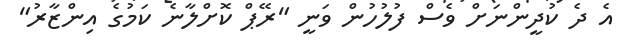
އެ ދެ ކުދީންނަށް ވެސް ފުލުހުން ވަނީ "ރޭޕް ކޮށްލާނެ ކަމުގެ އިންޒާރު"